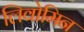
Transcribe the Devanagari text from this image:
लिवोमिन